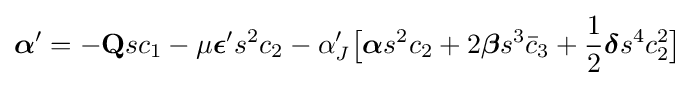
{\boldsymbol {\alpha }}'=-\mathbf {Q} sc_{1}-\mu {\boldsymbol {\epsilon }}'s^{2}c_{2}-\alpha '_{J}{\big [}{\boldsymbol {\alpha }}s^{2}c_{2}+2{\boldsymbol {\beta }}s^{3}{\bar {c}}_{3}+{\frac {1}{2}}{\boldsymbol {\delta }}s^{4}c_{2}^{2}{\big ]}